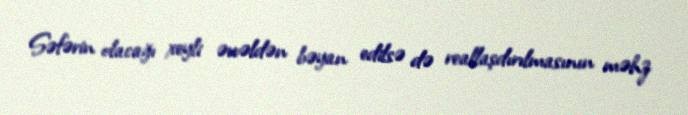
Səfərin olacağı xeyli əvvəldən bəyan edilsə də reallaşdırılmasının məhz